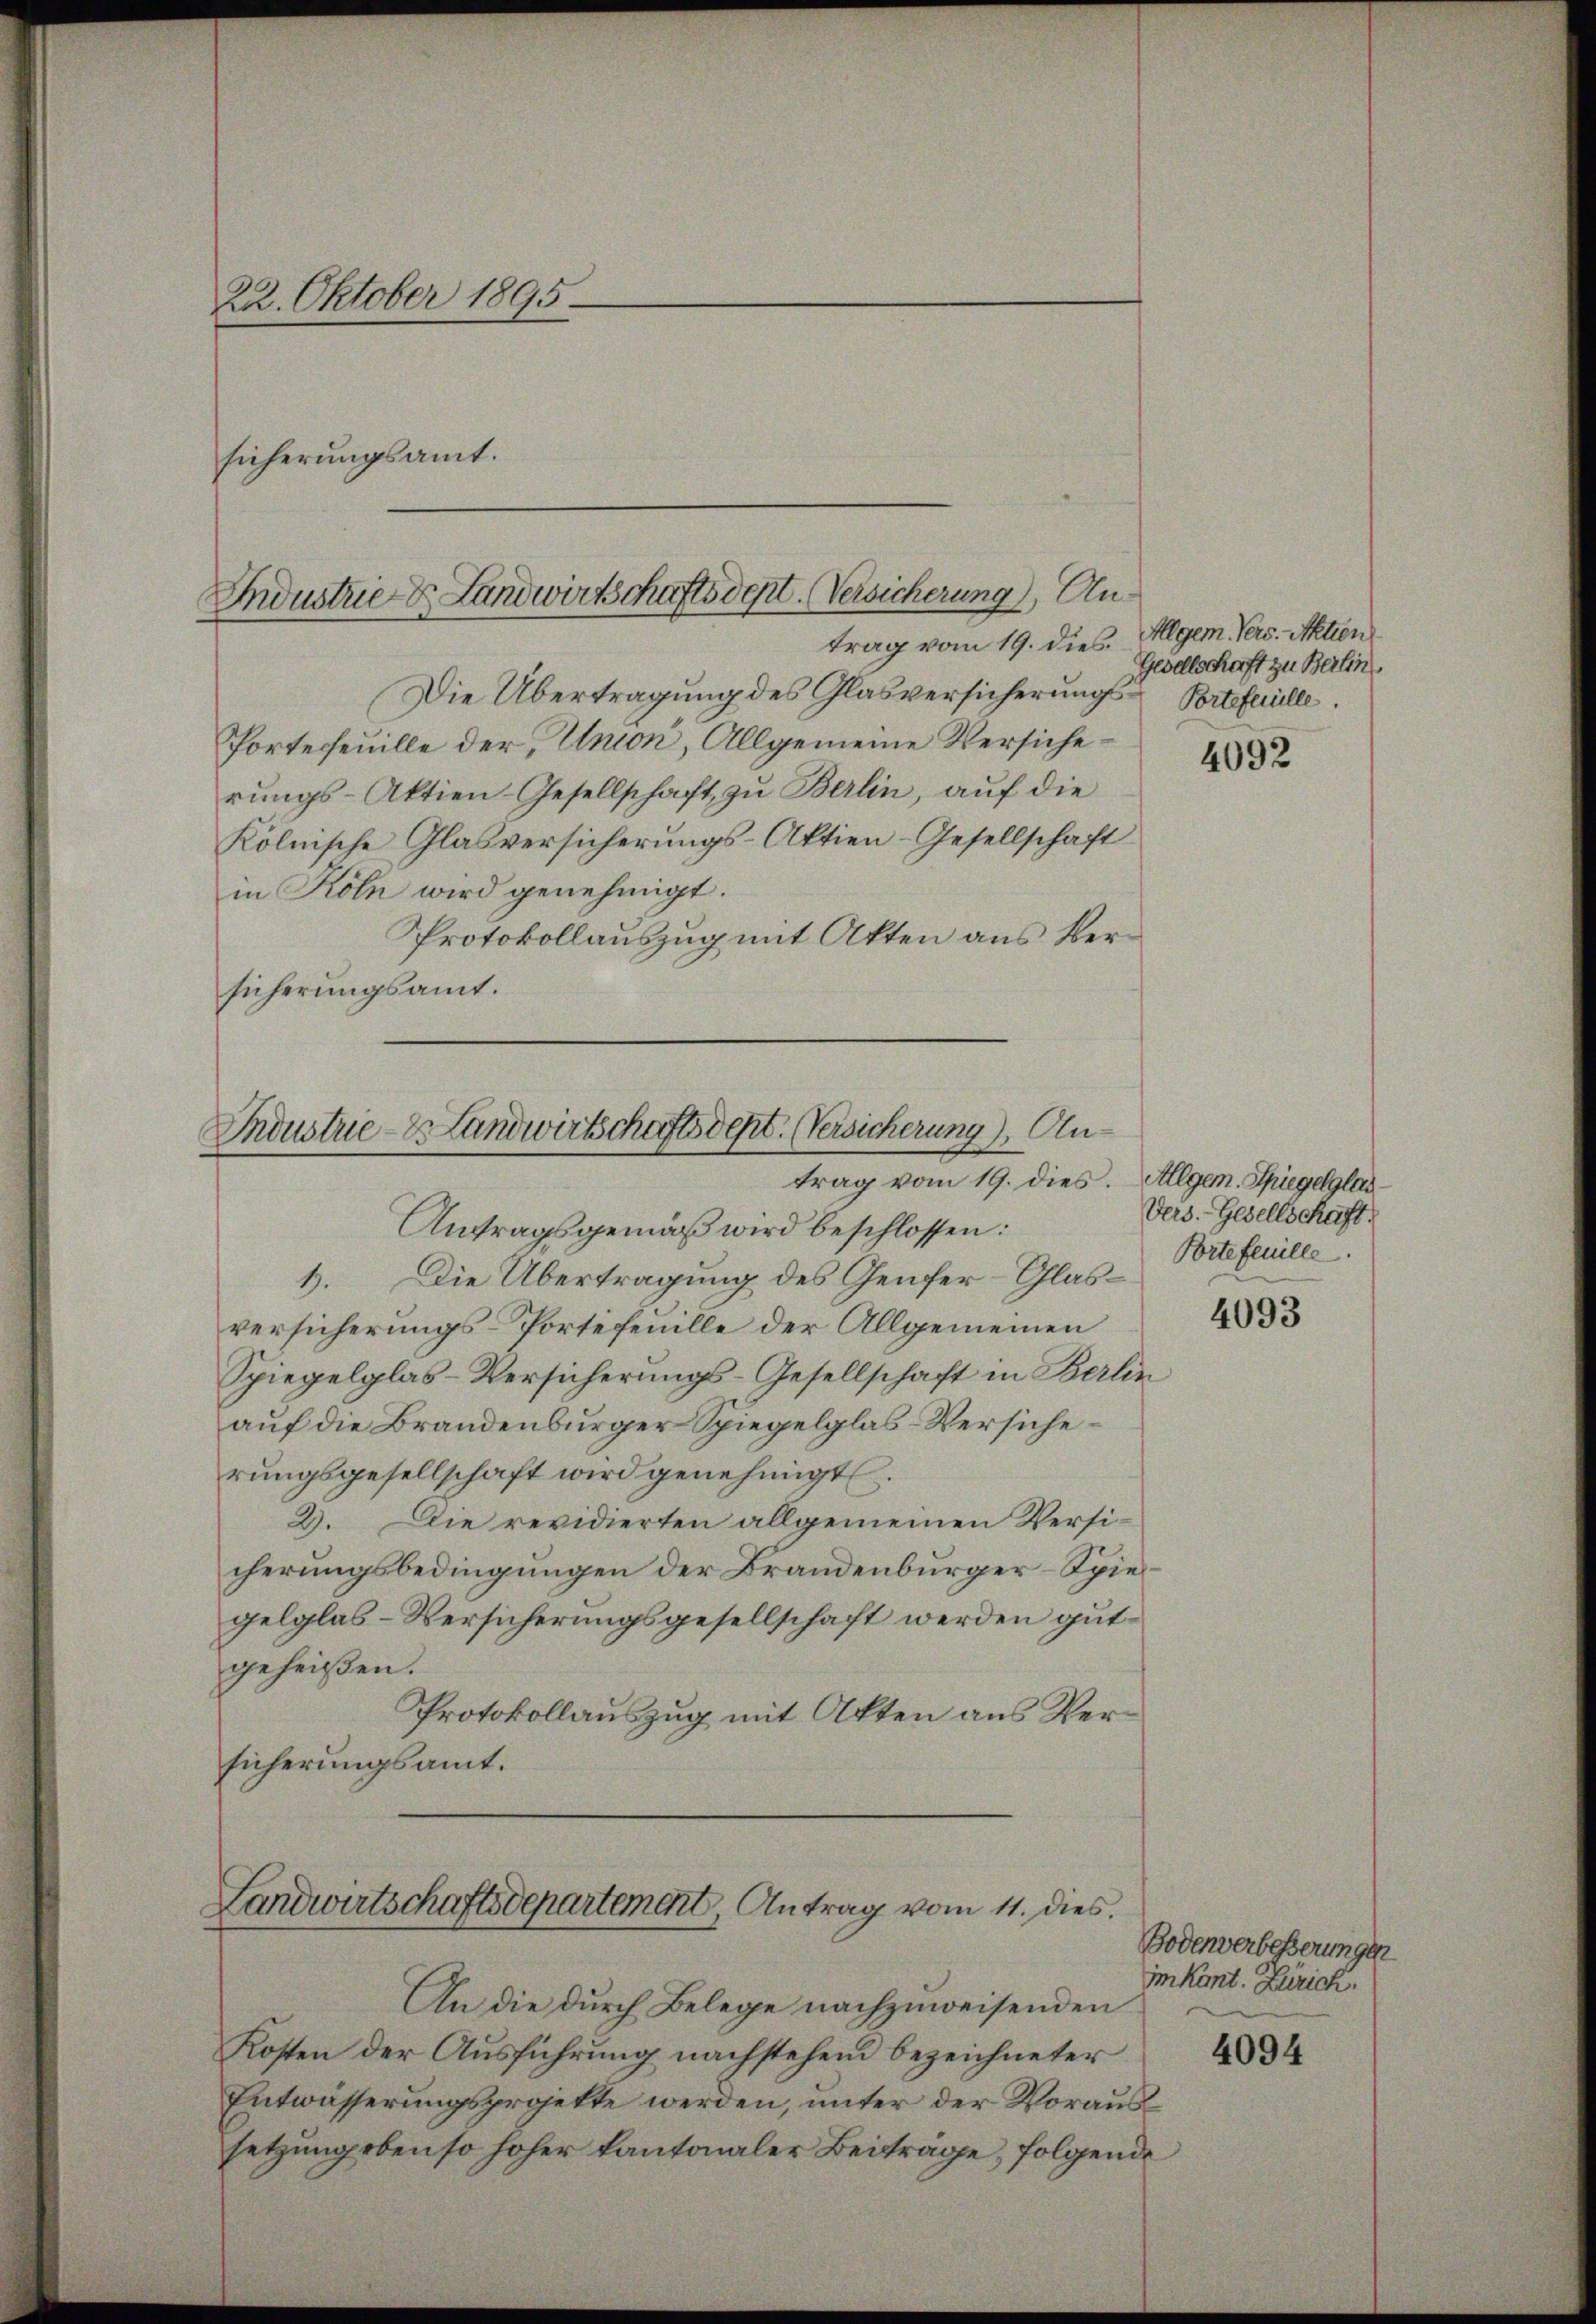
22. Oktober 1895

sicherungsamt.
Industrie- & Landwirtschaftsdept. (Versicherung), Antrag vom 19. dies. Allgem Vers. Aktien

Die Übertragung des Glasversicherungs- Prteferielle.
Portefeuille der Union, Allgemeine Versicherŭngs-Aktien-Gesellschaft zu Berlin, auf die
kölnische Glasversicherungs-Aktien-Gesellschaft
in Köln wird genehmigt.
Protokollauszug mit Akten aus Versicherungsamt.

Coustrie - Landwirtschaftsdept. (Versicherung), Antrag vom 19. dies. Allgem. Spiegelglas

Landwirtschaftsdepartement, Antrag vom 11. dies

Antragsgemäß wird beschlossen:
1. Die Übertragung des Genfer-Glasversicherungs-Portefenille der Allgemeinen
Spiegelglas-Versicherungs-Gesellschaft in Berlin
auf die Brandenburger Spiegelglas-Versicherungsgesellschaft wird genehmigt.
2. Die revidierten allgemeinen Versi-
cherungsbedingungen der Brandenburger-Spiegelglas-Versicherungsgesellschaft werden gutgeheißen.
Protokollauszug mit Akten aus Versicherungsamt.

An die durch Belege nachzuweisenden
Kosten der Ausführung nachstehend bezeichneter
Entwässerungsprojekte werden, unter der Voraussetzung ebenso hoher kantonaler Beiträge, folgende

Gesellschaft zu Berlin

4092

Vers. Gesellschaft
Porte feuille

4093

Bodenverbesserungen
imkant. Zürich.

4094